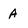
Character: A